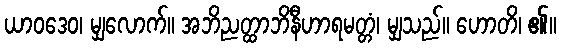
ယာဝဒေဝ၊ မျှလောက်။ အဘိညတ္ထာဘိနီဟာရမတ္တံ၊ မျှသည်။ ဟောတိ၊ ၏။